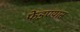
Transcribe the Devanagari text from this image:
फेडण्यास